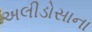
અલીડોસાના